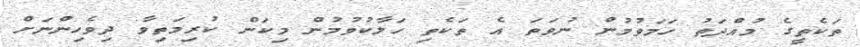
ތަކެތީގެ މުއްދަތު ހަމަވުމުން ނުވަތަ އެ ތަކެތި ހަލާކުވުމުން މިކަން ކުރިމަތިވާ ދިވެހިންނަށް